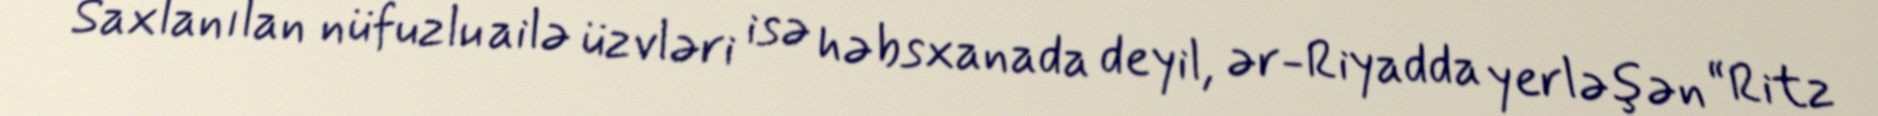
Saxlanılan nüfuzlu ailə üzvləri isə həbsxanada deyil, ər-Riyadda yerləşən “Ritz